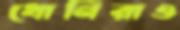
ধোনিরাও